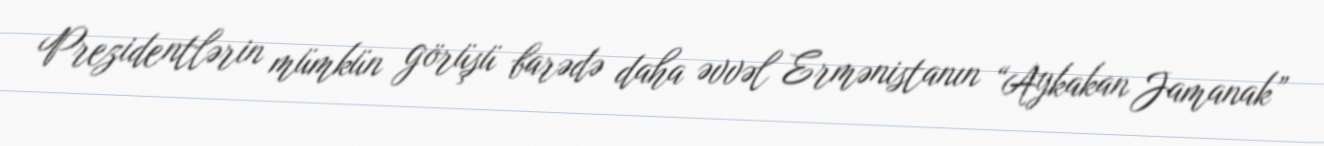
Prezidentlərin mümkün görüşü barədə daha əvvəl Ermənistanın “Aykakan Jamanak”